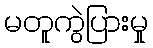
မတူကွဲပြားမှု